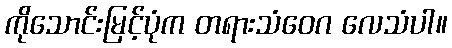
ကိုသောင်းမြင့်ပုံက တရားသံဝေဂ လေသံပါ။